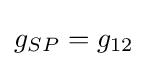
g_{SP}=g_{12}